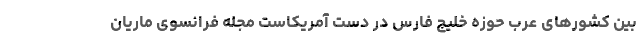
بین کشورهای عرب حوزه خلیج فارس در دست آمریکاست مجله فرانسوی ماریان